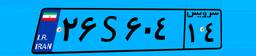
۲۶S۶۰۴۱۴